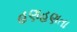
હણહણતા